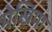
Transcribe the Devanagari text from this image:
मेखिया